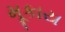
મૂકાય